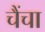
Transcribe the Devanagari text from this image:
चैंचा